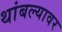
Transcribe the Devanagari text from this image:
थांबल्यावर